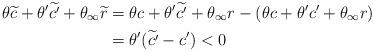
LaTeX: \begin{align*}\theta\widetilde{c} + \theta'\widetilde{c'} + \theta_{\infty}\widetilde{r} &= \theta c + \theta'\widetilde{c'} + \theta_{\infty}r -(\theta c + \theta'c'+\theta_{\infty}r) \\&= \theta'(\widetilde{c'}-c') <0 \end{align*}